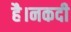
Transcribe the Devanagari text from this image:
है।नकदी